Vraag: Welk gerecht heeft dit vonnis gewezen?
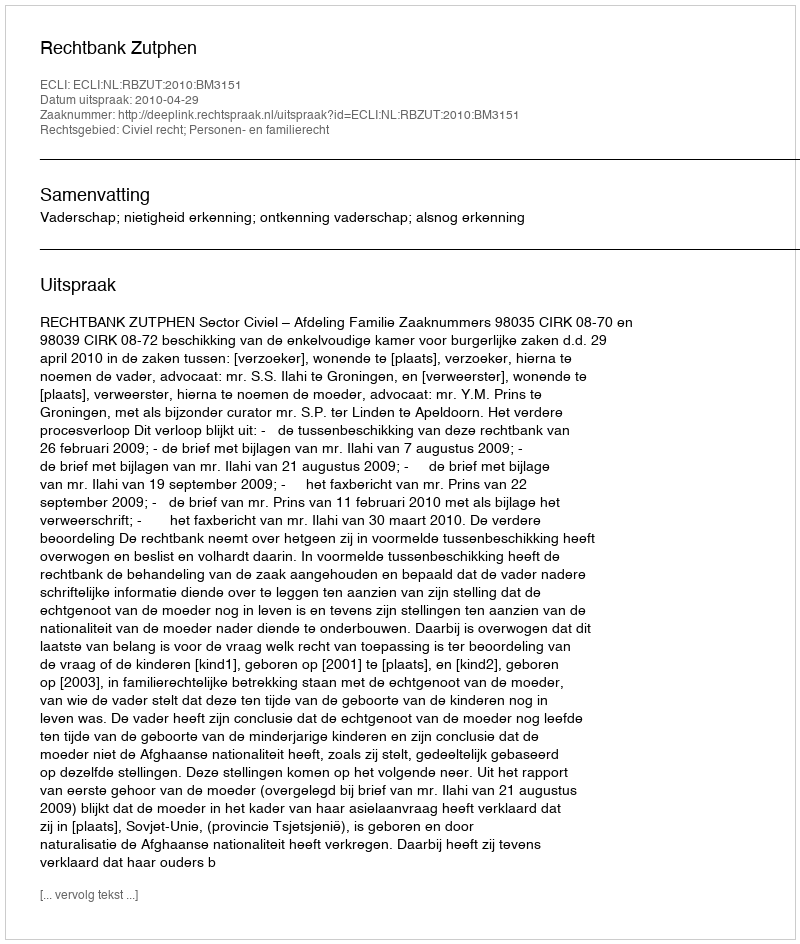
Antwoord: Rechtbank Zutphen